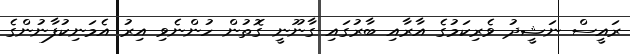
ރައީސް ނަޝީދު ވެރިކަމުގެ އާރާއި ބާރުގައި ގާނޫނީ ގޮތުން ހުންނެވި އިރު އެމަނިކުފާނުންގެ